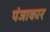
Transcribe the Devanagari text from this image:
पंजाकार